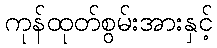
ကုန်ထုတ်စွမ်းအားနှင့်